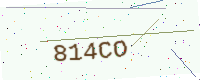
Text: 814CO